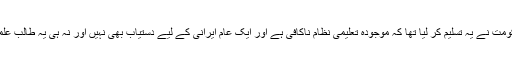
1982 میں انقلاب کے فقط تین سال بعد حکومت نے یہ تسلیم کر لیا تھا کہ موجودہ تعلیمی نظام ناکافی ہے اور ایک عام ایرانی کے لیے دستیاب بھی نہیں اور نہ ہی یہ طالب علموں کو ضروری مہارت فراہم کر سکتا ہے۔